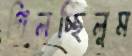
গিলচ্ছিলুম